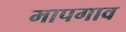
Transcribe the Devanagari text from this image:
मापगाव